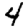
Digit: 4